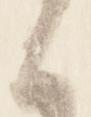
候